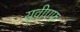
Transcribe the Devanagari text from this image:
यूवीएफ़